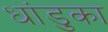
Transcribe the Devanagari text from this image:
धांडुका